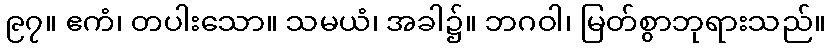
၉၇။ ဧကံ၊ တပါးသော။ သမယံ၊ အခါ၌။ ဘဂဝါ၊ မြတ်စွာဘုရားသည်။